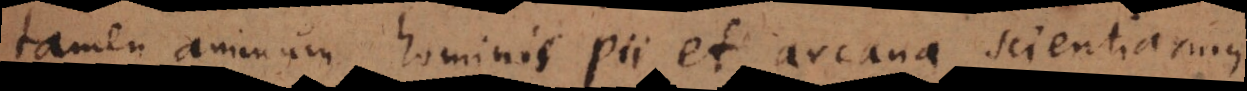
tamen animum hominis pii et arcana scientiarum